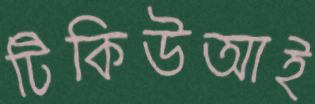
টিকিউআই